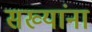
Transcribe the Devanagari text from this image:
सख्यांना